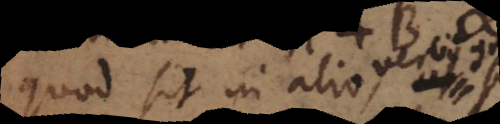
quod sit in alio,